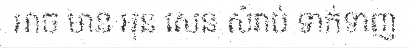
អាច មាន អុន សេន សំរាប់ ទាក់ទាញ